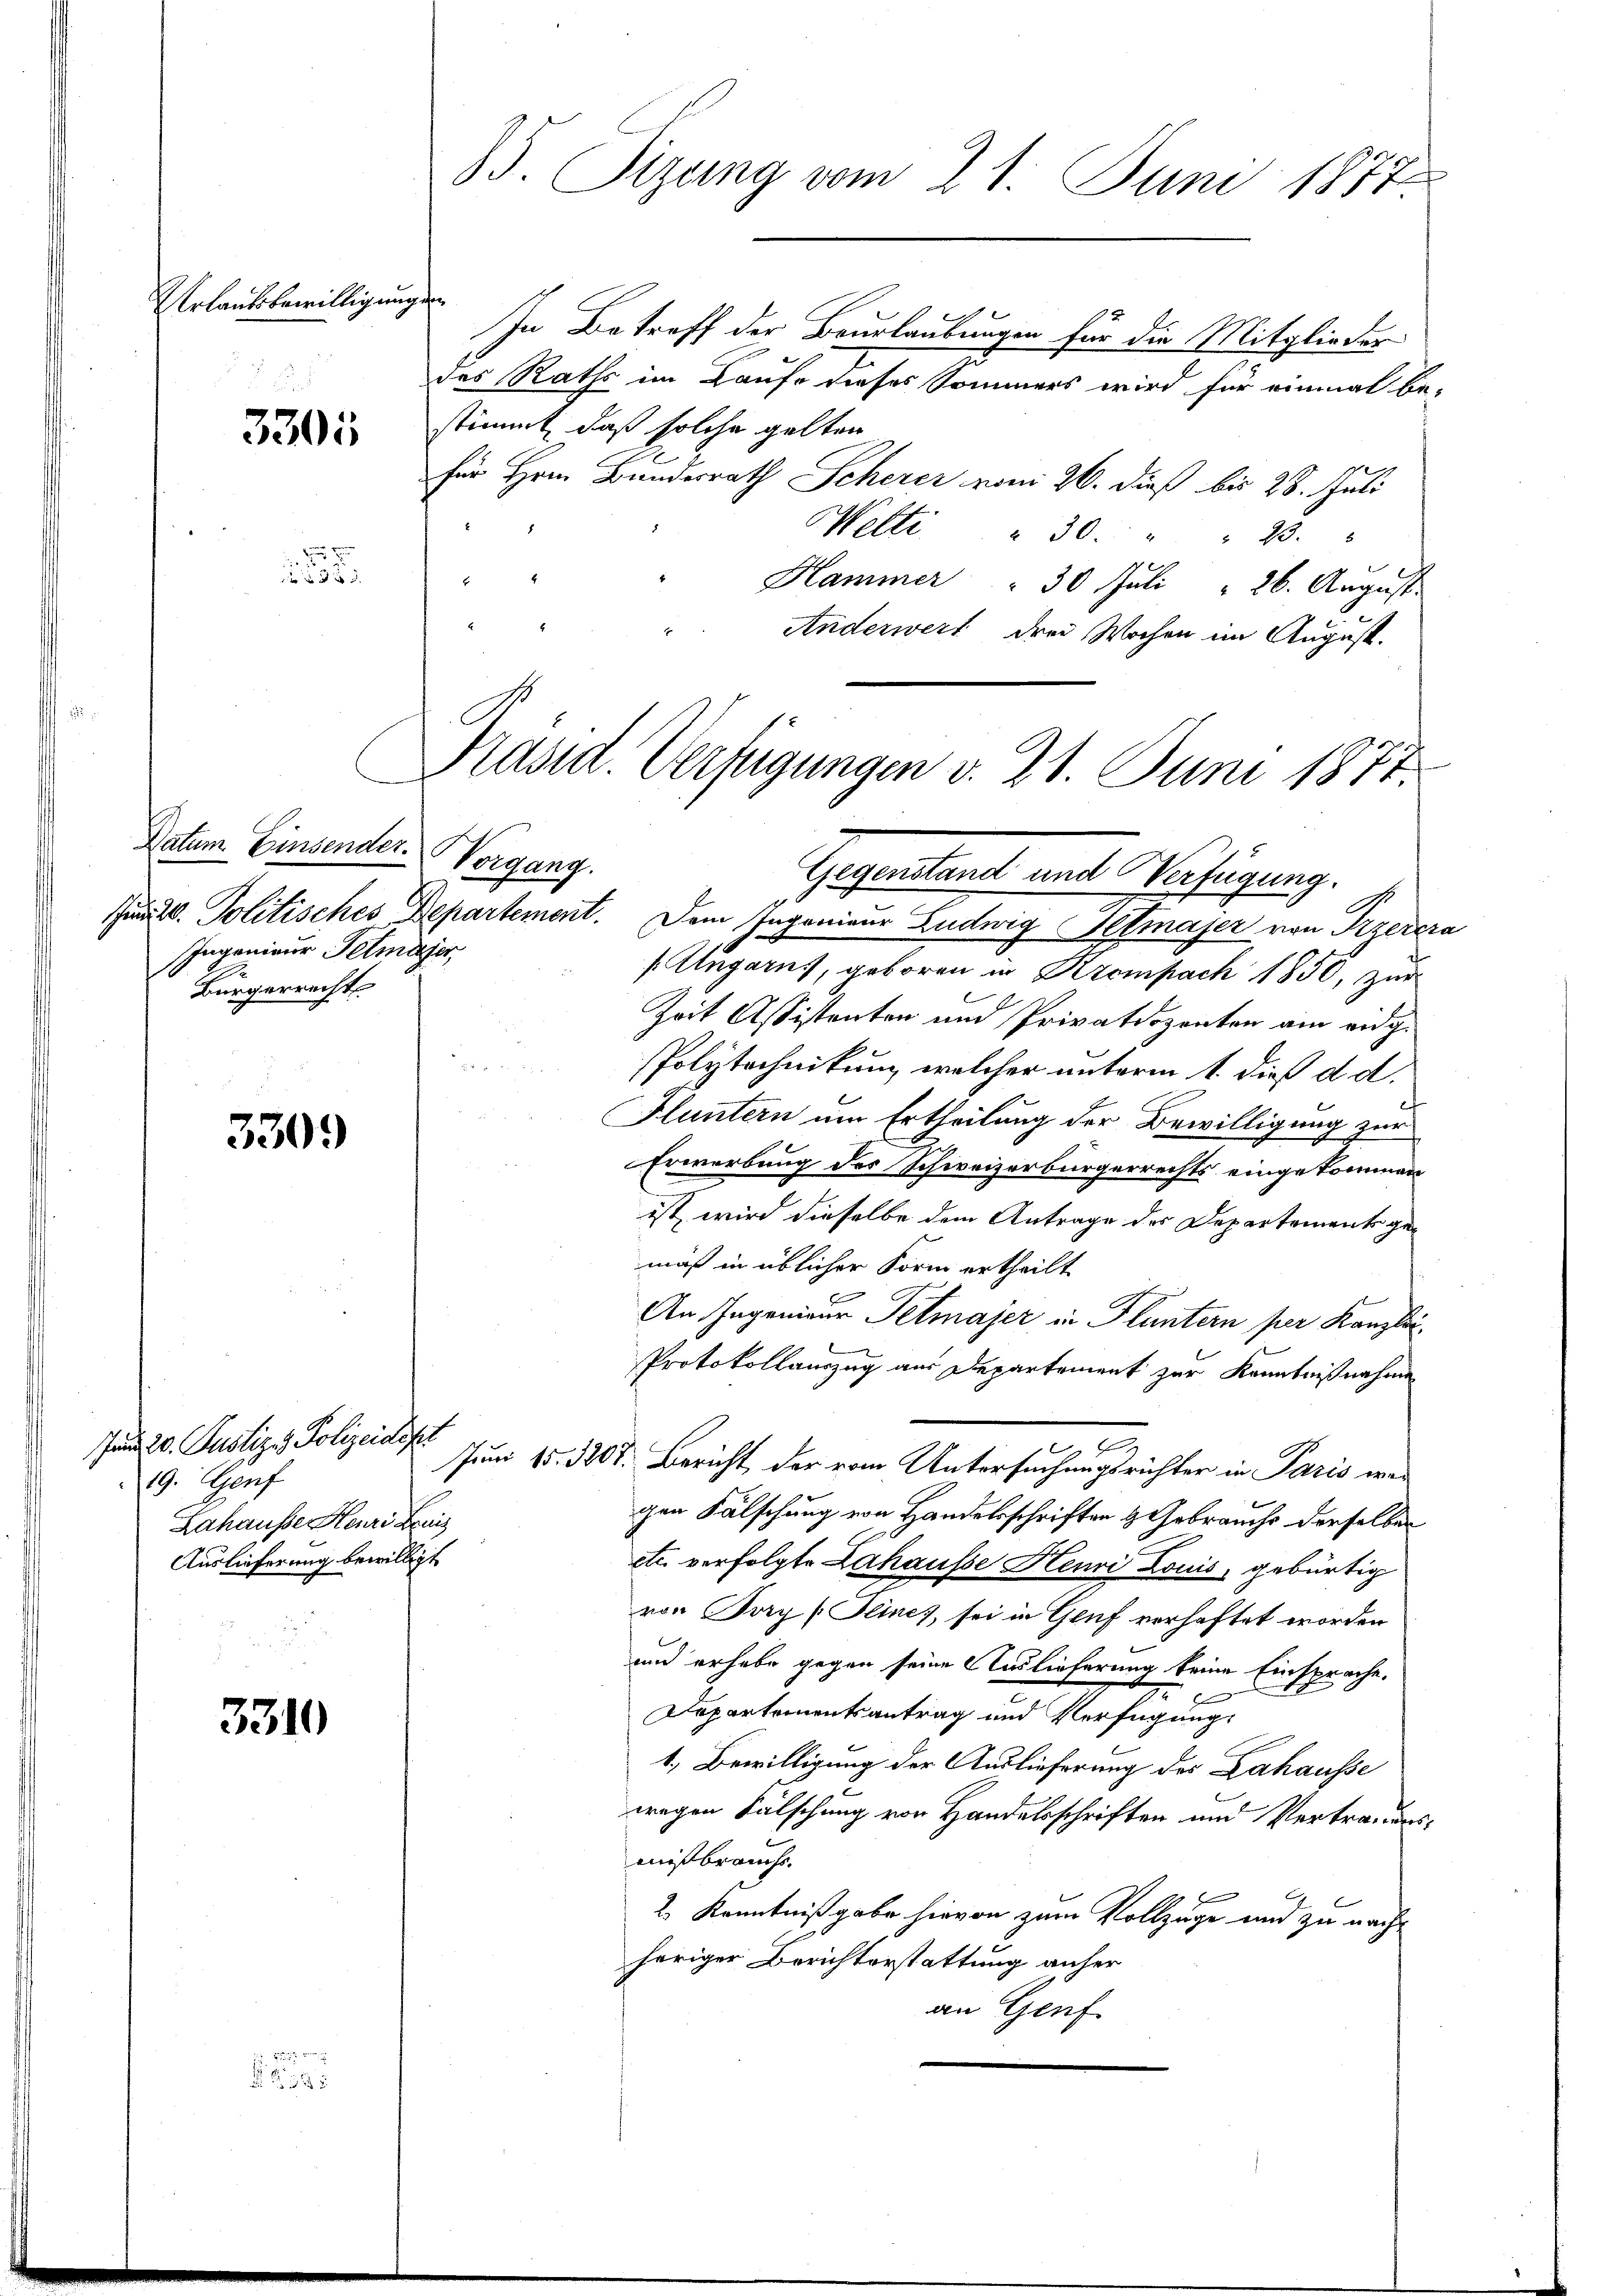
Erlaubsbewilligungen

3305

1 f 0 x

3309

3310

35. Sizung vom 21. Juni 1877.

Datum. Einsender.
Ingenieur Felmaier,
1
Bürgerrecht

In Betreff der Beurlaubungen für die Mitglieder
des Raths im Kaufe dieses Sommers wird für einmal be-
stimmt, daß solche gelten
für Hrrn. Bundesrath Scherer vom 26. dieß bis 28. Juli
Welti " 30. " " 23.
Hammer " 30 Juli 26. August.
Anderwert drei Wochen im August.

Jund 20. Justiz & Polizeidist
19. Genf
Lahausse Heuri ai
Auslieferung bewilligt

Präsid. Verfügungen v. 21. Juni 1874.
Torgung.
Gegenstand und Verfügung.

Juni d. Politisches Departement. Dem Ingenieur Ludwig Glaser von Przerera
/Ungarns, geboren in Krempach 1850, zur
Zeit Assistenten und Privatdozenten am eidge
e
PPolytechnikum, welcher unterm 1. dieß d. d.
Fluntern um Ertheilung der Bewilligung zur
Erwerbung des Schweizerbürgerrechts eingekommen
ist, wird dieselbe dem Antrage des Departements gemäß in üblicher Form ertheilt.
An Ingenieur Petmajer in Fluntern per Kanzlei¬
Protokollauszug aus Departement zur Kenntnißnahme
e
Juni 15. 3267. Bericht, der vom Untersuchungsrichter in Paris wer
gen Fälschung von Handelsschriften & Gebrauchs derselben
etc. verfolgte Lahausse Henri Louis, gebürtig
von Bary (Plincs, sei in Genf verhaftet worden
und erhabe gegen seine Auslieferung keine Einsprache.
6
Departementsantrag und Verfügung
1. Bewilligung der Auslieferung des Dahausse
wegen Fälschung von Handelsschriften und Vertraudersmißbrauchs.
2. Kenntnißgabe hievon zum Vollzüge und zu nachheriger Berichterstattung anher
an Genf